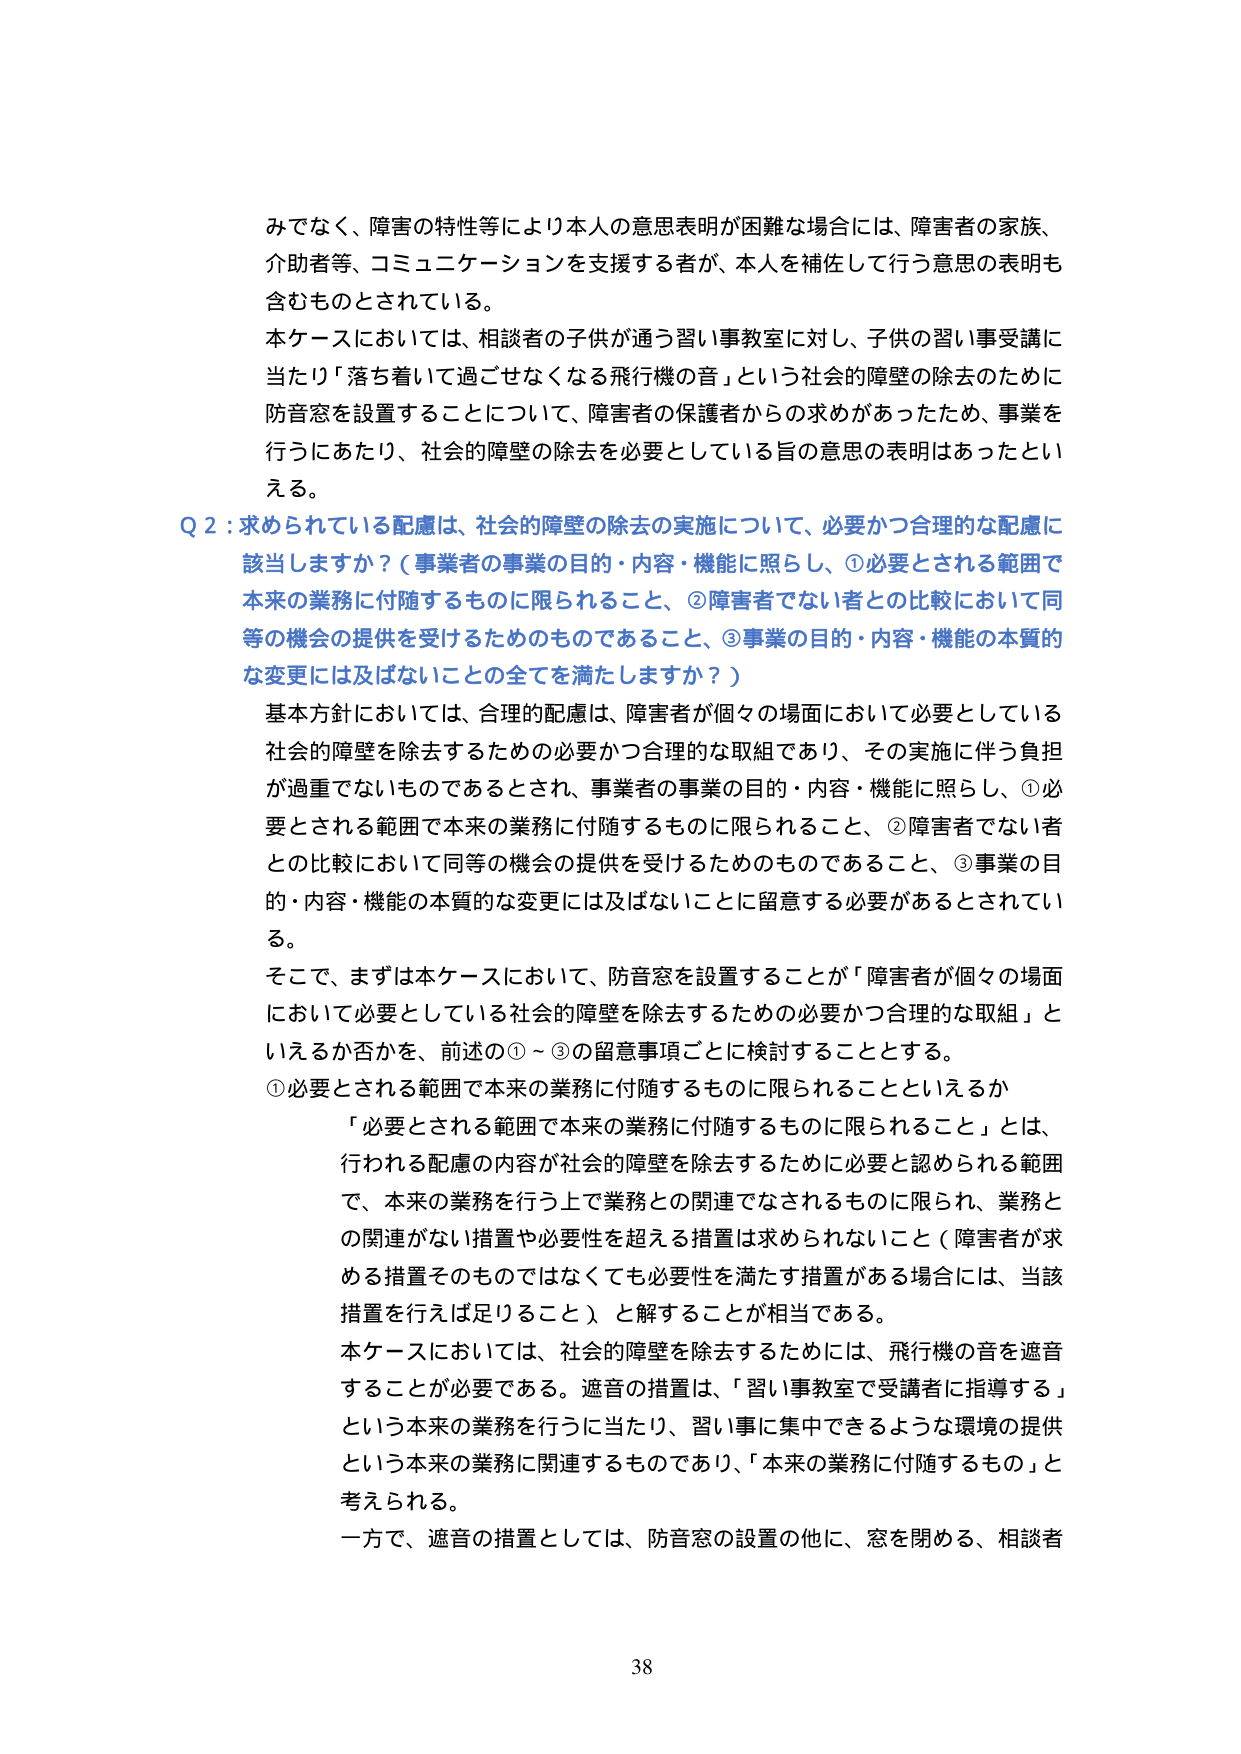
みでなく、障害の特性等により本人の意思表明が困難な場合には、障害者の家族、
介助者等、コミュニケーションを支援する者が、本人を補佐して行う意思の表明も
含むものとされている。
本ケースにおいては、相談者の子供が通う習い事教室に対し、子供の習い事受講に
当たり「落ち着いて過ごせなくなる飛行機の音」という社会的障壁の除去のために
防音窓を設置することについて、障害者の保護者からの求めがあったため、事業を
行うにあたり、社会的障壁の除去を必要としている旨の意思の表明はあったとい
える。
Q 2：求められている配慮は、社会的障壁の除去の実施について、必要かつ合理的な配慮に
該当しますか？（事業者の事業の目的・内容・機能に照らし、①必要とされる範囲で
本来の業務に付随するものに限られること、②障害者でない者との比較において同
等の機会の提供を受けるためのものであること、③事業の目的・内容・機能の本質的
な変更には及ばないことの全てを満たしますか？）
基本方針においては、合理的配慮は、障害者が個々の場面において必要としている
社会的障壁を除去するための必要かつ合理的な取組であり、その実施に伴う負担
が過重でないものであるとされ、事業者の事業の目的・内容・機能に照らし、①必
要とされる範囲で本来の業務に付随するものに限られること、②障害者でない者
との比較において同等の機会の提供を受けるためのものであること、③事業の目
的・内容・機能の本質的な変更には及ばないことに留意する必要があるとされてい
る。
そこで、まずは本ケースにおいて、防音窓を設置することが「障害者が個々の場面
において必要としている社会的障壁を除去するための必要かつ合理的な取組」と
いえるか否かを、前述の①～③の留意事項ごとに検討することとする。
①必要とされる範囲で本来の業務に付随するものに限られることといえるか
「必要とされる範囲で本来の業務に付随するものに限られること」とは、
行われる配慮の内容が社会的障壁を除去するために必要と認められる範囲
で、本来の業務を行う上で業務との関連でなされるものに限られ、業務と
の関連がない措置や必要性を超える措置は求められないこと（障害者が求
める措置そのものではなくても必要性を満たす措置がある場合には、当該
措置を行えば足りること）、と解することが相当である。
本ケースにおいては、社会的障壁を除去するためには、飛行機の音を遮音
することが必要である。遮音の措置は、「習い事教室で受講者に指導する」
という本来の業務を行うに当たり、習い事に集中できるような環境の提供
という本来の業務に関連するものであり、「本来の業務に付随するもの」と
考えられる。
一方で、遮音の措置としては、防音窓の設置の他に、窓を閉める、相談者
38